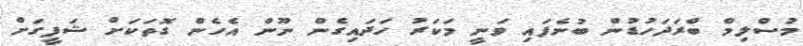
މުސްލިމް ބްރަދަހުޑުން ބުނެފައި ވަނީ މަކަރު ހަދައިގެން ނޫން އެހެން ގޮތަކަށް ޝަފީގަށް